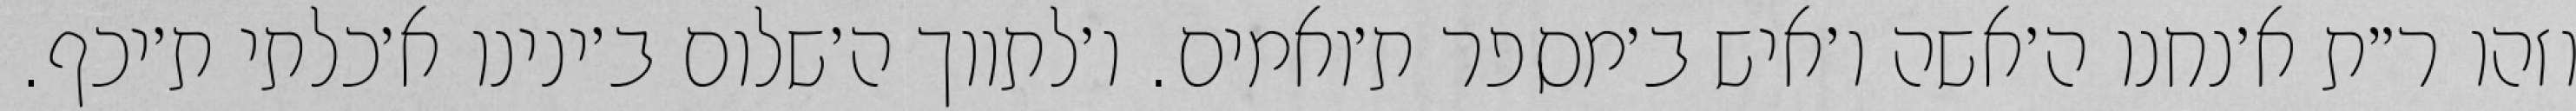
וזהו ר״ת א׳נחנו ה׳אשה ו׳איש ב׳מספר ת׳ואמים. ו׳לתווך ה׳שלום ב׳ינינו א׳כלתי ת׳יכף.